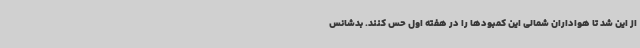
از این شد تا هواداران شمالی این کمبودها را در هفته اول حس کنند. بدشانس